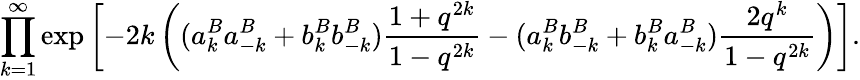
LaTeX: \prod_{k=1}^{\infty}\exp\left[-2k\left((a_{k}^{B}a_{-k}^{B}+b_{k}^{B}b_{-k}^{B})\frac{1+q^{2k}}{1-q^{2k}}-(a_{k}^{B}b_{-k}^{B}+b_{k}^{B}a_{-k}^{B})\frac{2q^{k}}{1-q^{2k}}\right)\right].